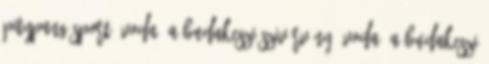
Pitypang Sport Óvoda, a Budakeszi Szivárvány Óvoda, a Budakeszi